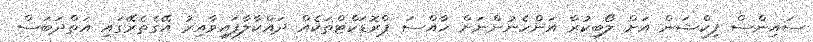
ސައިންސް ފިކްޝަން އަށް ލޯބިކުރާ އަންހެނުންނަށް ހާއްސަ ޕްރޮޑަކްޓްތަކެއް ދައްކާލާފައިވާއިރު އޭގެތެރޭގައި އަތްދަބަސް